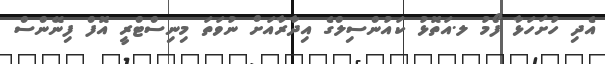
އެދި ހުށަހަޅާ ފޯމު ލ.އަތޮޅު ކައުންސިލްގެ އިދާރާއަށް ނުވަތަ މިނިސްޓްރީ އޮފް ފިނޭންސް